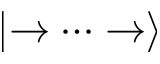
\left\vert \rightarrow \cdots \rightarrow \right\rangle